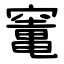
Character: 竃